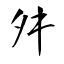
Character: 舛